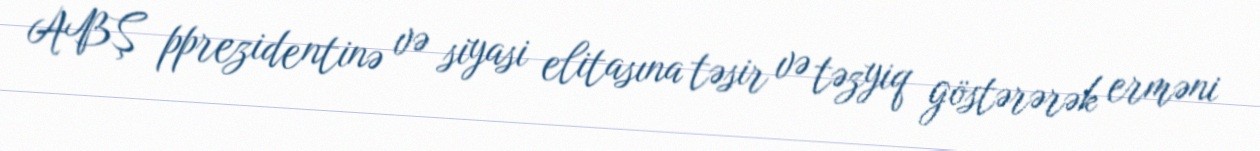
ABŞ pprezidentinə və siyasi elitasına təsir və təzyiq göstərərək erməni